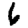
Digit: 6